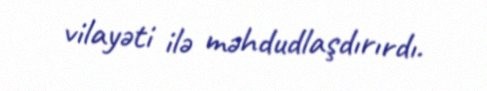
vilayəti ilə məhdudlaşdırırdı.